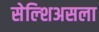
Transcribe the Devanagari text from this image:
सेल्शिअसला